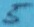
Text: 5